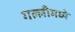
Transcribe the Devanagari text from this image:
गल्लीमध्ये